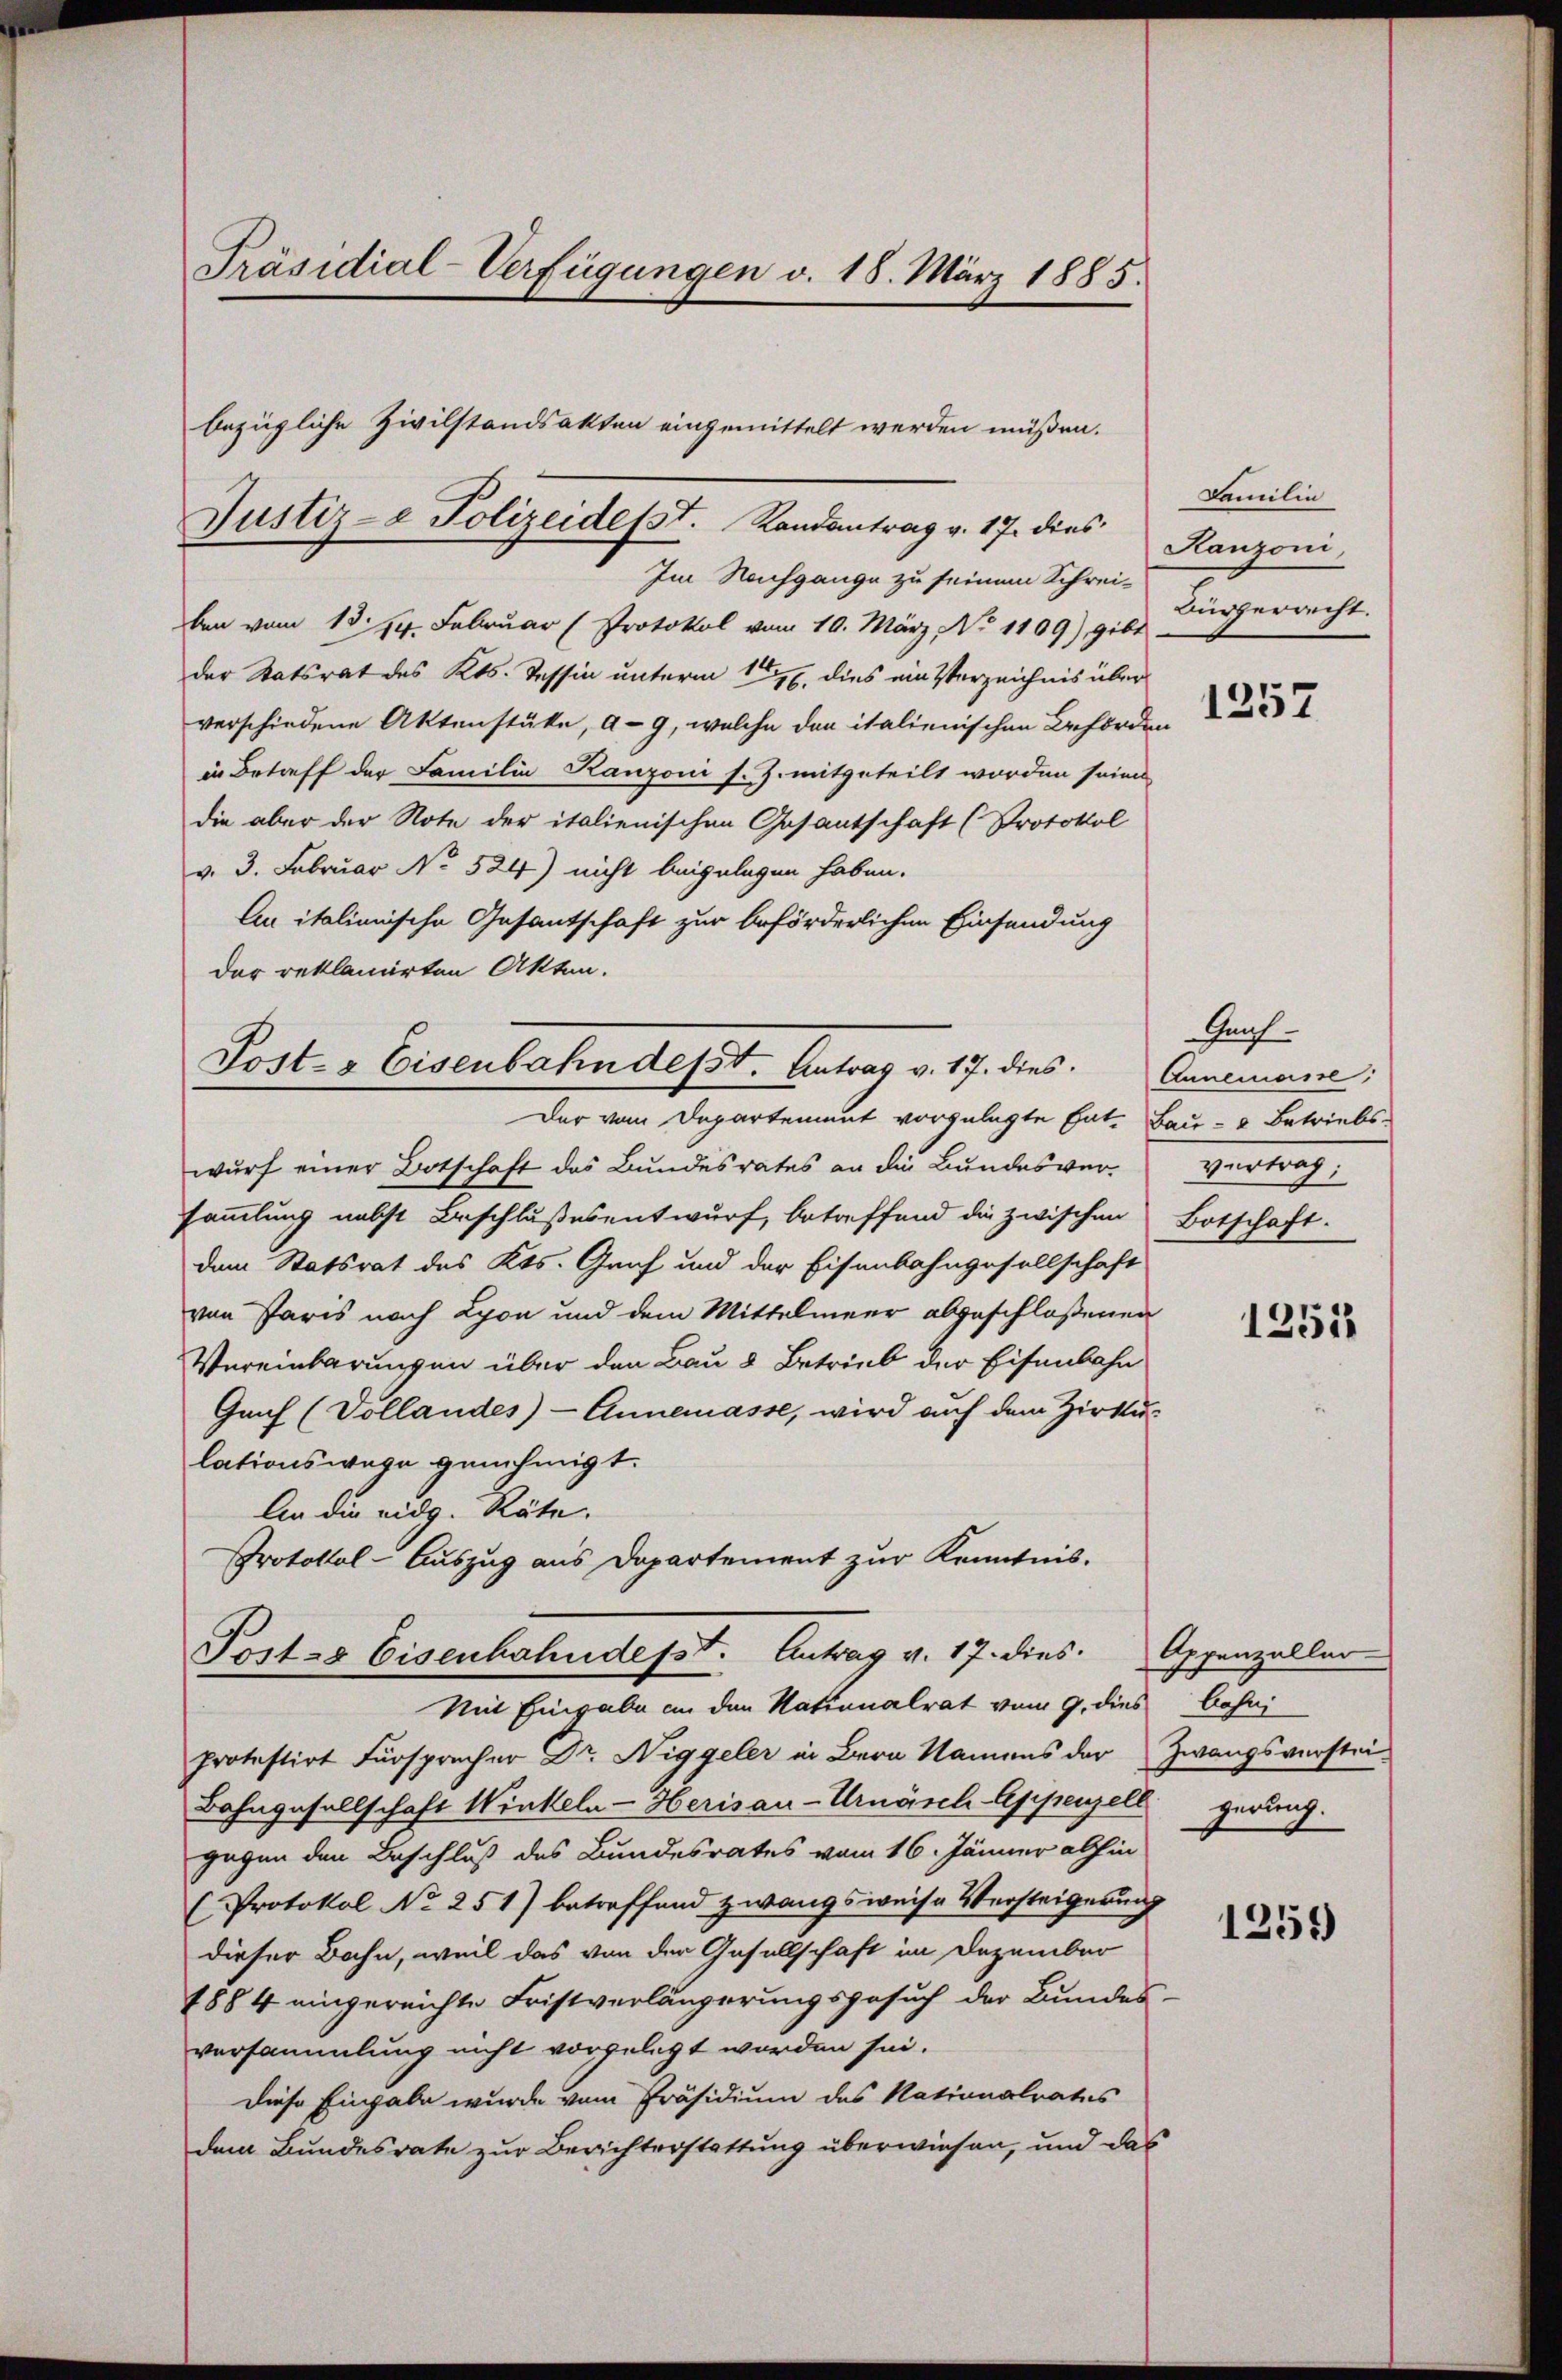
Präsidial-Verfügungen v. 18. März 1885.

Im Nachgange zu seinem Schreiben vom 13. 14. Februar (Protokol vom 10. März, No 1109), gibt
der Statsrat des Kts. Tessin unterm 15. dies ein Verzeichnis über
verschiedene Aktenstüke, a-9, welche den italienischen Behörden
in Betreff der Familie Kanzoni s. Z. mitgeteilt worden sein
die aber der Note der italienischen Gesantschaft (Protokol
v. 3. Februar No 524) nicht beizulegen haben.
An italienische Gesantschaft zur beförderlichen Einsendung
Der reklamirten Akten.

bezügliche Zivilstandsakten eingemittelt werden müßen.

Post- & Eisenbahn desst. Antrag v. 17. dies. Annemanne

Justiz- & Polizeidesst. Randantrag v. 17. dies

Posts Eisenhahndepst. Antrag v. 17. dies. Appenzellar

Der vom Departement vorgelegte Ent- Bau- & Betriebs-
wurf einer Botschaft des Bundesrates an die Bundesversammlung nebst Beschlußesentwurf, betreffend die zwischen Botschaft.
dem Statsrat des Kts. Grif und der Eisenbahngesellschaft
von Paris nach Lyon und dem Mittelmeer abgeschloßenen
Vereinbarungen über den Bau & Betrieb der Eisenbahn
Ganf (Dollandes) - Annemasse, wird auch dem Zirku
lationswege genehmigt.
An die eidg. Räte.
Protokol-Auszug aus Departement zur Kenntnis.
Mit Eingabe an den Nationalrat vom 9. dies bosni
protestirt Fürsprücher Dr. Niggeler in Bern Namens der Zwangsverstei¬
Bahngesellschaft Winkeln-Herisau-Urnäsch Appenzell gerung.
gegen den Beschluß des Bundesrates vom 16. Jänner abhin
(Protokol No 251) betreffend zwangsweise Versteigerung
dieser Bahn, weil das von der Gesellschaft im Dezember
1884 eingereichte Fristverlängerungsgesuch der Bundes-
versammlung nicht vorgelegt worden sei.
Diese Eingabe wurde vom Präsidium des Nationalrates
dem Bundesrate zur Berichterstattung überwiesen, und das

Familin
Hanzoni,
Bürgerrecht.

1257

Hanf
meiste

1251

1251)